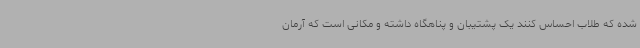
شده که طلاب احساس کنند یک پشتیبان و پناهگاه داشته و مکانی است که آرمان